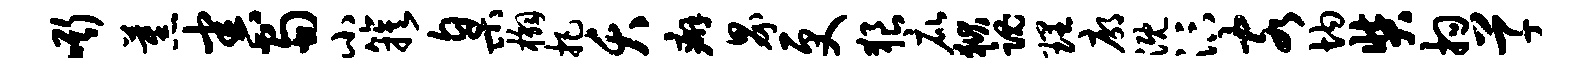
嘶蕉害蜀小簇臬槲把夭癖界更狼庇狱魂理廓溉汴客均奘拘草